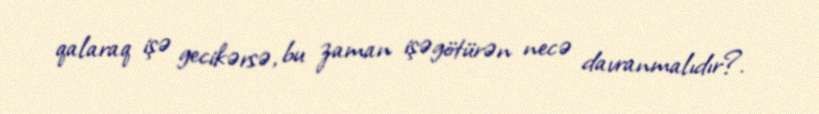
qalaraq işə gecikərsə, bu zaman işəgötürən necə davranmalıdır?.